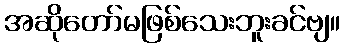
အဆိုတော်မဖြစ်သေးဘူးခင်ဗျ။